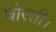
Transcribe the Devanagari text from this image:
चोरती।